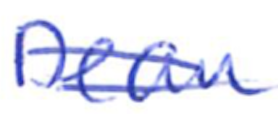
Text: Dean
Cross-out: double-line
Writing tool: ballpoint